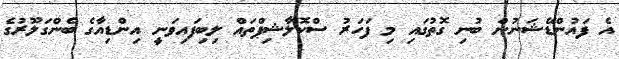
އެ ފައުންޑޭޝަނުން ބުނި ގޮތުގައި މި ފަހަރު ސްކޮލާޝިޕްތައް ލިބިފައިވަނީ އިންޑިއާގެ ބެންގަލޫރުގެ